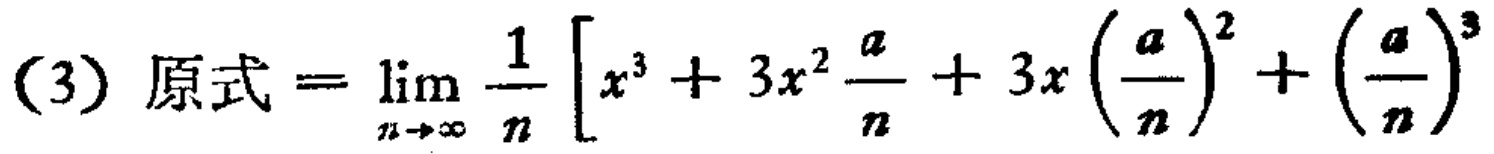
(3) 原式$=\lim_{n \to \infty} \frac{1}{n} \left[ x^{3}+3x^{2}\frac{a}{n}+3x\left(\frac{a}{n}\right)^{2}+\left(\frac{a}{n}\right)^{3}\right]$